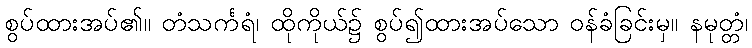
စွပ်ထားအပ်၏။ တံသင်္ကရံ၊ ထိုကိုယ်၌ စွပ်၍ထားအပ်သော ဝန်ခံခြင်းမှ။ နမုတ္တံ၊